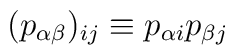
(p_{\alpha \beta})_{ij} \equiv p_{\alpha i} p_{\beta j}